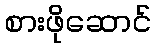
စားဖိုဆောင်